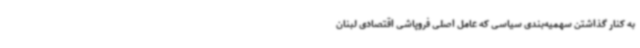
به کنار گذاشتن سهمیه‌بندی سیاسی که عامل اصلی فروپاشی اقتصادی لبنان